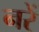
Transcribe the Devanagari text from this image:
नरें